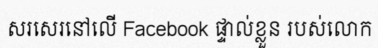
សរសេរនៅលើ Facebook ផ្ទាល់ខ្លួន របស់លោក